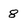
Character: 8